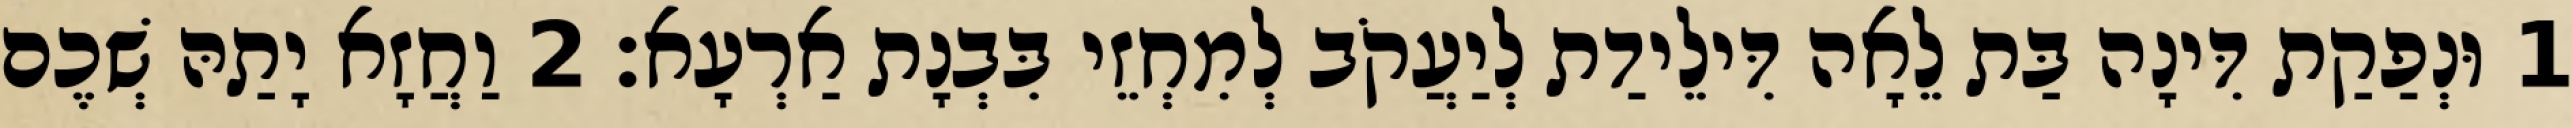
1 וּנְפַקַת דִּינָה בַּת לֵאָה דִּילֵידַת לְיַעֲקֹב לְמִחְזֵי בִּבְנָת אַרְעָא׃ 2 וַחֲזָא יָתַהּ שְׁכֶם